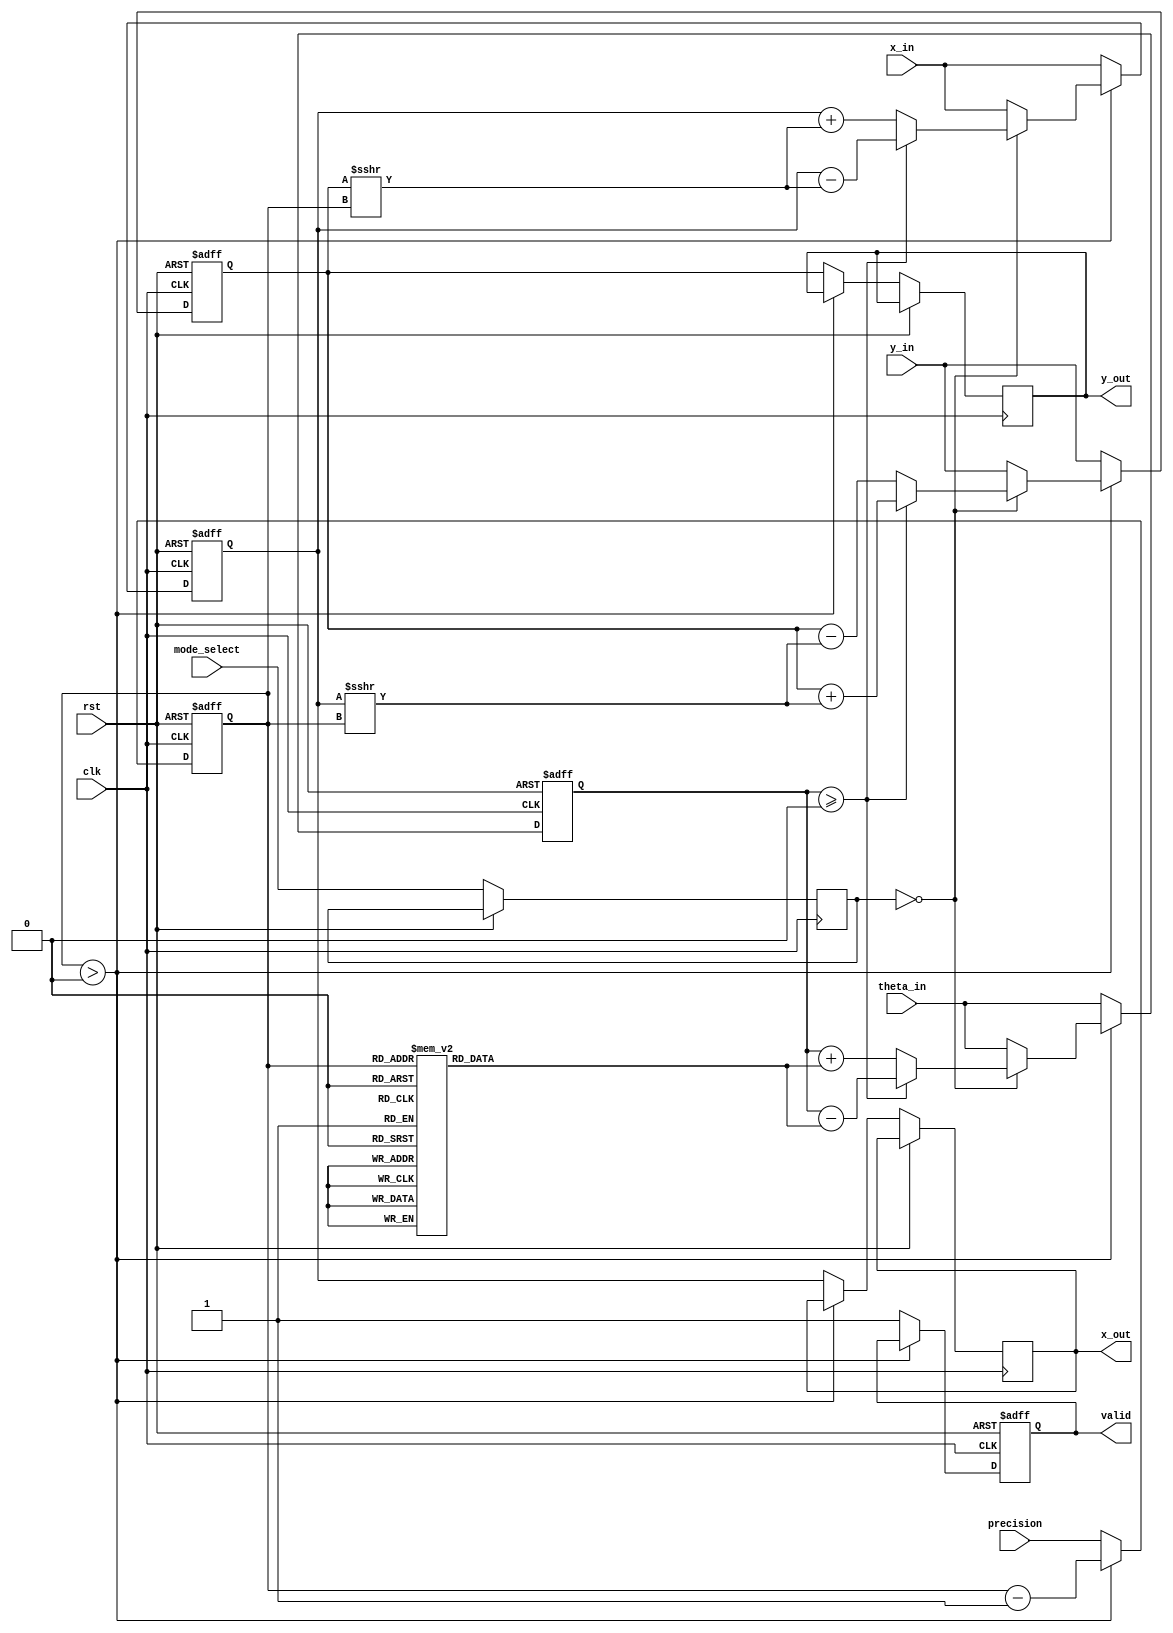
module Adaptive_CORDIC (
    input wire clk,
    input wire rst,
    input wire [15:0] x_in,        // Input x value (fixed-point)
    input wire [15:0] y_in,        // Input y value (fixed-point)
    input wire [15:0] theta_in,    // Input angle (fixed-point)
    input wire [1:0] mode_select,  // Mode selection (00: rotation, 01: vectoring)
    input wire [3:0] precision,     // Precision setting (number of iterations)
    output reg [15:0] x_out,       // Output x value (fixed-point)
    output reg [15:0] y_out,       // Output y value (fixed-point)
    output reg valid               // Output valid signal
);

    // CORDIC Constants (rotation angles in fixed-point)
    reg [15:0] atan_lut [0:15]; // Lookup table for atan values
    initial begin
        atan_lut[0] = 16'h0000; // atan(0)
        atan_lut[1] = 16'h26DB; // atan(1/2)
        atan_lut[2] = 16'h1C71; // atan(1/4)
        // Fill in other values...
        atan_lut[15] = 16'h0000; // Last value
    end

    reg [15:0] x_reg, y_reg, theta_reg;
    reg [3:0] iter_count;
    reg [1:0] current_mode;

    always @(posedge clk or posedge rst) begin
        if (rst) begin
            x_reg <= 16'h0000;
            y_reg <= 16'h0000;
            theta_reg <= 16'h0000;
            iter_count <= 0;
            valid <= 0;
        end else begin
            // Load inputs
            x_reg <= x_in;
            y_reg <= y_in;
            theta_reg <= theta_in;
            current_mode <= mode_select;
            iter_count <= precision;

            // CORDIC Iteration
            if (iter_count > 0) begin
                case (current_mode)
                    2'b00: begin // Rotation Mode
                        if (theta_reg >= 0) begin
                            x_reg <= x_reg - (y_reg >>> iter_count);
                            y_reg <= y_reg + (x_reg >>> iter_count);
                            theta_reg <= theta_reg - atan_lut[iter_count];
                        end else begin
                            x_reg <= x_reg + (y_reg >>> iter_count);
                            y_reg <= y_reg - (x_reg >>> iter_count);
                            theta_reg <= theta_reg + atan_lut[iter_count];
                        end
                    end
                    2'b01: begin // Vectoring Mode
                        // Vectoring logic here (similar to rotation)
                    end
                endcase
                iter_count <= iter_count - 1;
            end else begin
                // Output results
                x_out <= x_reg;
                y_out <= y_reg;
                valid <= 1; // Indicate valid output
            end
        end
    end

endmodule